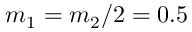
m _ { 1 } = { m _ { 2 } } / { 2 } = 0 . 5